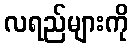
လရည်များကို